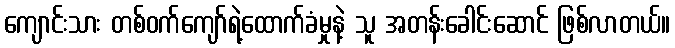
ကျောင်းသား တစ်ဝက်ကျော်ရဲ့ထောက်ခံမှုနဲ့ သူ အတန်းခေါင်းဆောင် ဖြစ်လာတယ်။